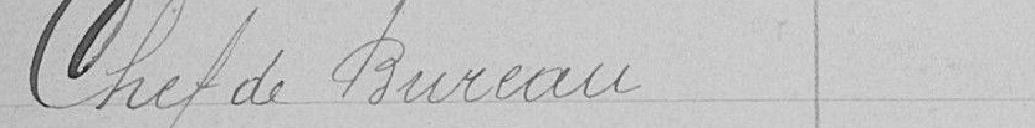
Chef de Bureau